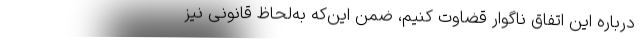
درباره این اتفاق ناگوار قضاوت کنیم، ضمن این‌که به‌لحاظ قانونی نیز